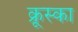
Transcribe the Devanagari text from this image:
क्रूस्का